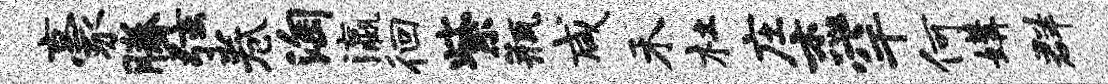
豪腾弦卷淘瀛徊紫瓶咸禾杜庄杰罕何媾群